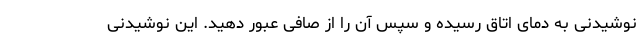
نوشیدنی به دمای اتاق رسیده و سپس آن را از صافی عبور دهید. این نوشیدنی